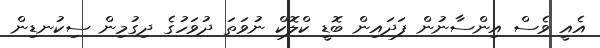
އެއީ ވެސް އިންސާނުން ފަދައިން ބޮޑީ ކްލޮކް ނުވަތަ ދުވަހުގެ ދިގުމިން ސިކުނޑިން